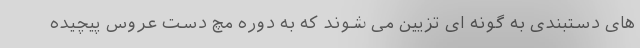
های دستبندی به گونه ‌ای تزیین می شوند که به دوره مچ دست عروس پیچیده